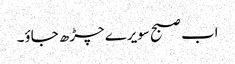
اب صبح سویرے چڑھ جاؤ۔